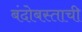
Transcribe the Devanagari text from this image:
बंदोबस्ताची